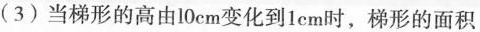
(3) 当梯形的高由10cm 变化到1cm时，梯形的面积